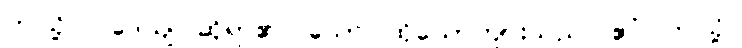
ဤသို့။ ဝဒေယျ၊ ဆိုရာ၏။ သော၊ ထိုယောကျ်ားသည်။ ဧဝံ၊ ဤသို့။